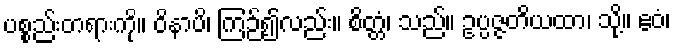
ပစ္စည်းတရားကို။ ဝိနာပိ၊ ကြဉ်၍လည်း။ စိတ္တံ၊ သည်။ ဥပ္ပဇ္ဇတိယထာ၊ သို့။ ဧဝံ၊